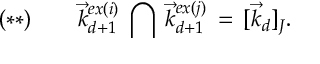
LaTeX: ( * * ) \, \, \, \, \, \, \, \, \, \, \, \, \vec { k } _ { d + 1 } ^ { e x ( i ) } \, \bigcap \, \vec { k } _ { d + 1 } ^ { e x ( j ) } \, = \, [ \vec { k } _ { d } ] _ { J } .